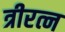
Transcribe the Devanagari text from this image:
त्रीरत्न